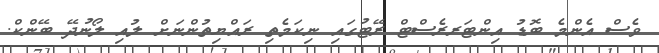
ވެސް އެންމެ ބޮޑު އިންޓަރރެސްޓް ރޭޓުގައި ނިކަމެތި ރައްޔިތުންނަށް ލުއި ލޯނުދޭ ބޭންކް.